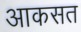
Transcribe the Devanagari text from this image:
आकसत